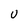
Character: U